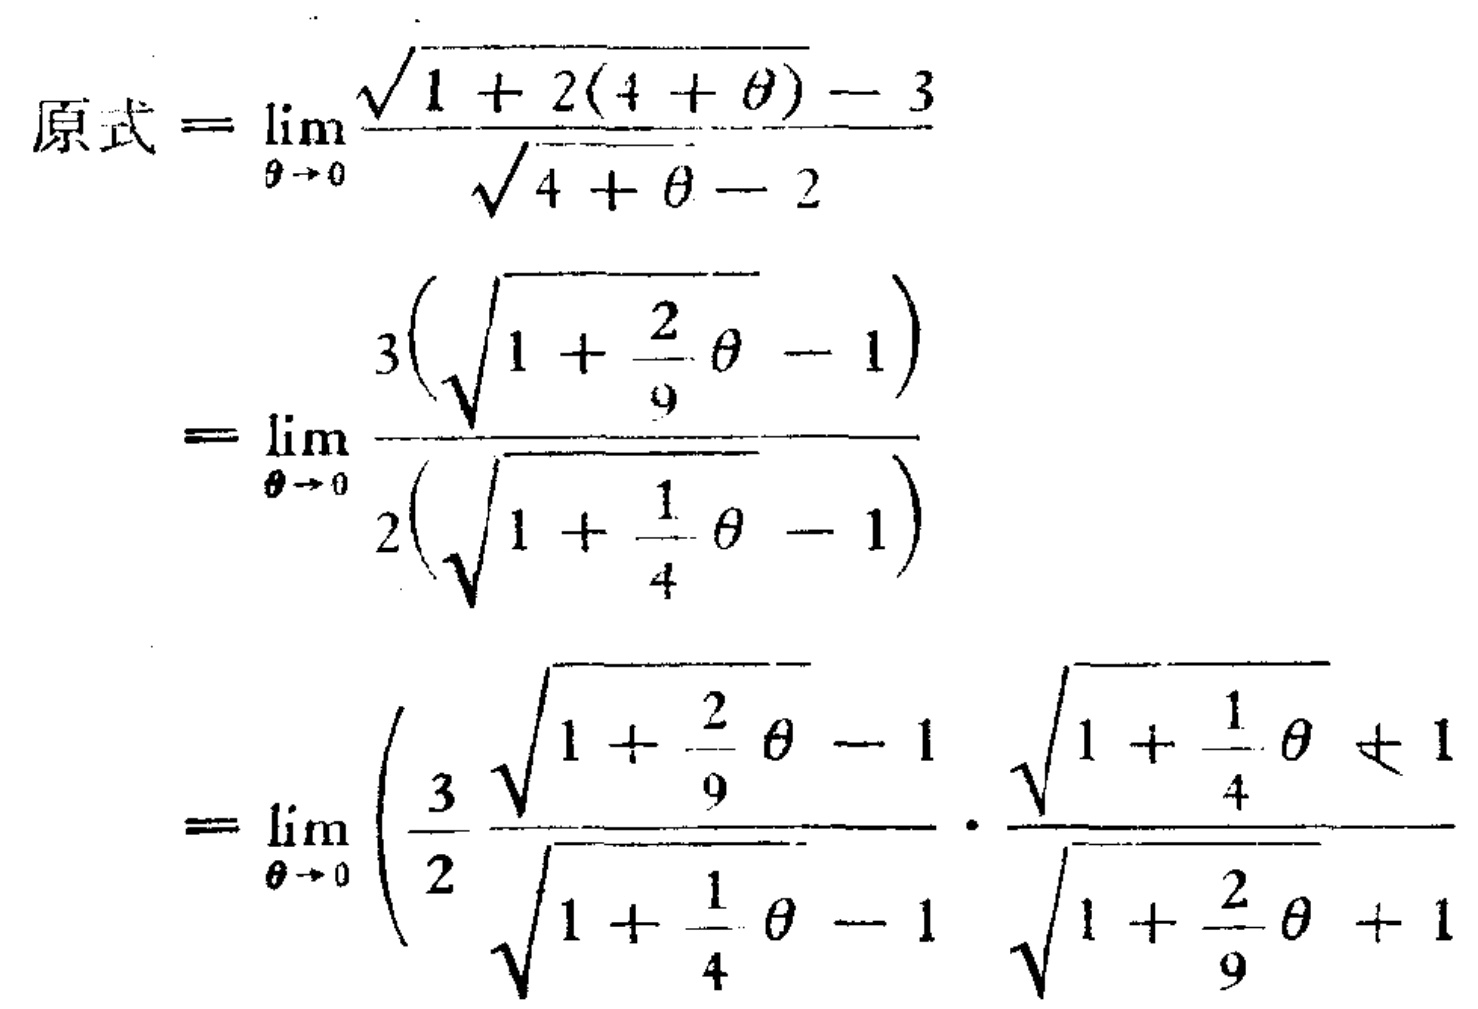
\[
\begin{align*}
原式&=\lim_{\theta \to 0} \frac{\sqrt{1 + 2(4 + \theta)} - 3}{\sqrt{4 + \theta} - 2}\\
&=\lim_{\theta \to 0} \frac{3(\sqrt{1 + \frac{2}{9}\theta} - 1)}{2(\sqrt{1 + \frac{1}{4}\theta} - 1)}\\
&=\lim_{\theta \to 0} \left(\frac{3}{2} \frac{\sqrt{1 + \frac{2}{9}\theta} - 1}{\sqrt{1 + \frac{1}{4}\theta} - 1} \cdot \frac{\sqrt{1 + \frac{1}{4}\theta} + 1}{\sqrt{1 + \frac{2}{9}\theta} + 1}\right)
\end{align*}
\]